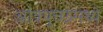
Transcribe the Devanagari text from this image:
आंत्रपुच्छमध्ये